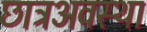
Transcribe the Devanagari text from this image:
छात्रअवस्था